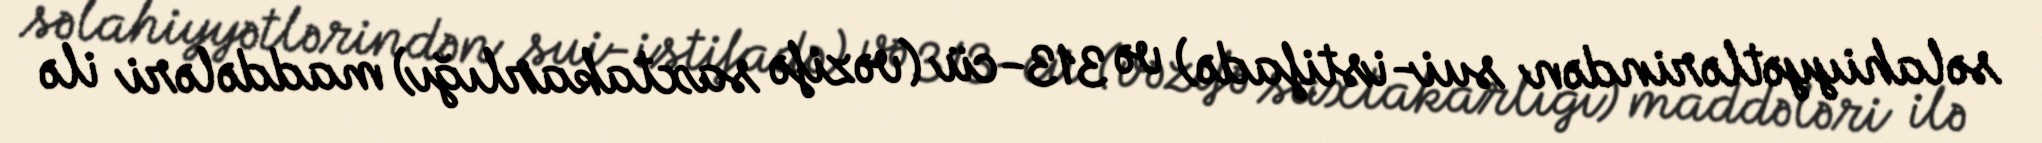
səlahiyyətlərindən sui-istifadə) və 313-cü (vəzifə saxtakarlığı) maddələri ilə